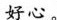
好心。